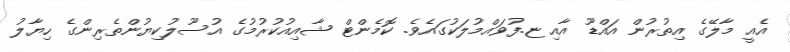
އެއީ މާލޭގެ އިތުރުން އައްޑޫ އާއި ޏ.ފުވައްމުލަކުގައެވެ. ކޮމެންޓް ޝާއިއުކުރުމުގެ އުސޫލުކިޔުންތެރިންގެ ހިޔާލު